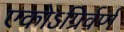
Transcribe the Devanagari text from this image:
एकोऽग्रिर्वर्ण